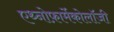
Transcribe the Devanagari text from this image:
एथ्नोफ़ार्मेकोलॉजी